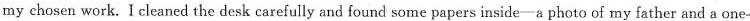
my chosen work. Icleaned the desk care!ully and found some papers inside—a photo cf my father and a one-